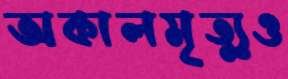
অকালমৃত্যুও